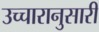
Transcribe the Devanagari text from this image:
उच्चारानुसारी